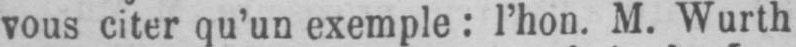
vous citer qu’un exemple: l’hon. M. Wurth